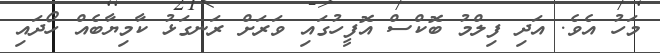
މަހު އެވެ. އަދި ފިލްމު ބޮކްސް އޮފީހުގައި ވަރަށް ރަނގަޅު ކާމިޔާބެއް ހޯދައި